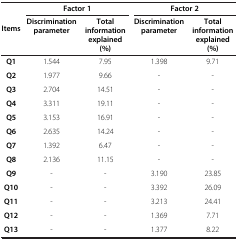
<table><thead><tr><td rowspan="2"><b>Items</b></td><td colspan="2"><b>Factor 1</b></td><td colspan="2"><b>Factor 2</b></td></tr><tr><td><b>Discrimination parameter</b></td><td><b>Total information explained (%)</b></td><td><b>Discrimination parameter</b></td><td><b>Total information explained (%)</b></td></tr></thead><tbody><tr><td><b>Q1</b></td><td>1.544</td><td>7.95</td><td>1.398</td><td>9.71</td></tr><tr><td><b>Q2</b></td><td>1.977</td><td>9.66</td><td>-</td><td>-</td></tr><tr><td><b>Q3</b></td><td>2.704</td><td>14.51</td><td>-</td><td>-</td></tr><tr><td><b>Q4</b></td><td>3.311</td><td>19.11</td><td>-</td><td>-</td></tr><tr><td><b>Q5</b></td><td>3.153</td><td>16.91</td><td>-</td><td>-</td></tr><tr><td><b>Q6</b></td><td>2.635</td><td>14.24</td><td>-</td><td>-</td></tr><tr><td><b>Q7</b></td><td>1.392</td><td>6.47</td><td>-</td><td>-</td></tr><tr><td><b>Q8</b></td><td>2.136</td><td>11.15</td><td>-</td><td>-</td></tr><tr><td><b>Q9</b></td><td>-</td><td>-</td><td>3.190</td><td>23.85</td></tr><tr><td><b>Q10</b></td><td>-</td><td>-</td><td>3.392</td><td>26.09</td></tr><tr><td><b>Q11</b></td><td>-</td><td>-</td><td>3.213</td><td>24.41</td></tr><tr><td><b>Q12</b></td><td>-</td><td>-</td><td>1.369</td><td>7.71</td></tr><tr><td><b>Q13</b></td><td>-</td><td>-</td><td>1.377</td><td>8.22</td></tr></tbody></table>